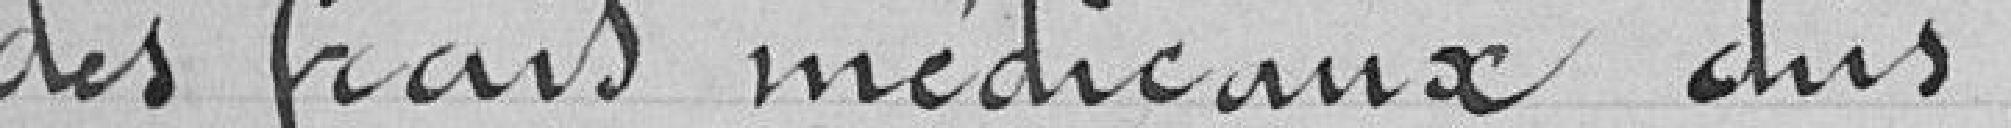
des frais médicaux dûs